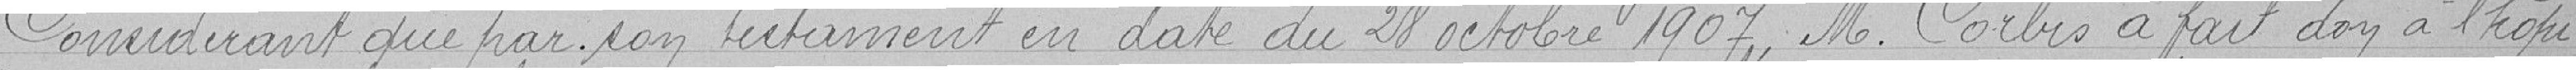
Considérant que par son testament en date du 28 octobre 1907, Monsieur Corbis a fait don à l'hôpi-